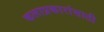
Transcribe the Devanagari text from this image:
कलाप्रकारांसाठी